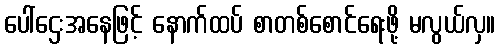
ပေါ်ဌေးအနေဖြင့် နောက်ထပ် စာတစ်စောင်ရေးဖို့ မလွယ်လှ။